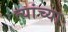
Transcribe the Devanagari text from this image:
त्यांच्या